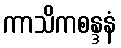
ကာသိကစန္ဒနံ